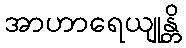
အာဟာရေယျုန္တိ